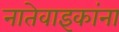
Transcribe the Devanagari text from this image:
नातेवाइकांना